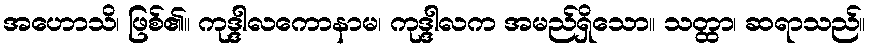
အဟောသိ၊ ဖြစ်၏။ ကုဒ္ဒါလကောနာမ၊ ကုဒ္ဒါလက အမည်ရှိသော။ သတ္ထာ၊ ဆရာသည်။